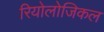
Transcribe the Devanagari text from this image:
रियोलोजिकल